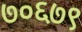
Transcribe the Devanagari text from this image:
७०६७९